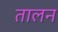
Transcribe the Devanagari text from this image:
तालन